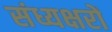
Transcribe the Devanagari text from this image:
संध्यक्षरों